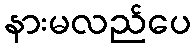
နားမလည်ပေ